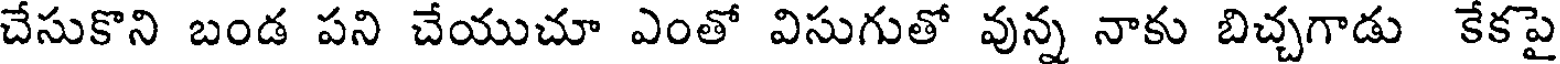
చేసుకొని బండ పని చేయుచూ ఎంతో విసుగుతో వున్న నాకు బిచ్చగాడు కేకపై